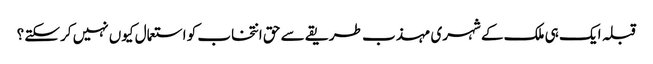
قبلہ ایک ہی ملک کے شہری مہذب طریقے سے حق انتخاب کو استعمال کیوں نہیں کرسکتے ؟